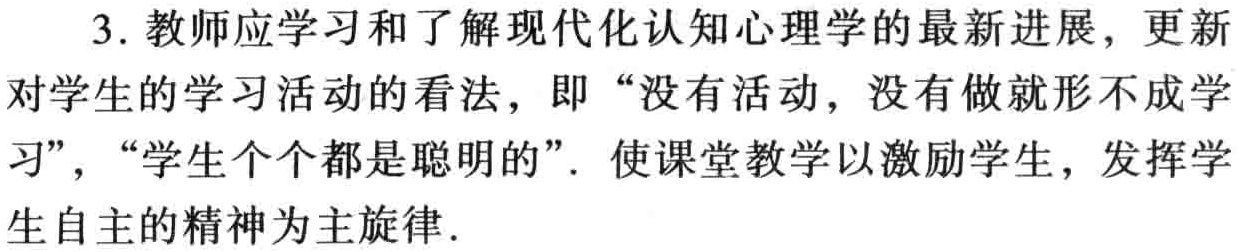
3. 教师应学习和了解现代化认知心理学的最新进展，更新
对学生的学习活动的看法，即“没有活动，没有做就形不成学
习”，“学生个个都是聪明的”. 使课堂教学以激励学生，发挥学
生自主的精神为主旋律.